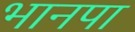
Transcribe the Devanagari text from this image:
भानपा